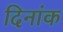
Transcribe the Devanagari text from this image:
दिनांक